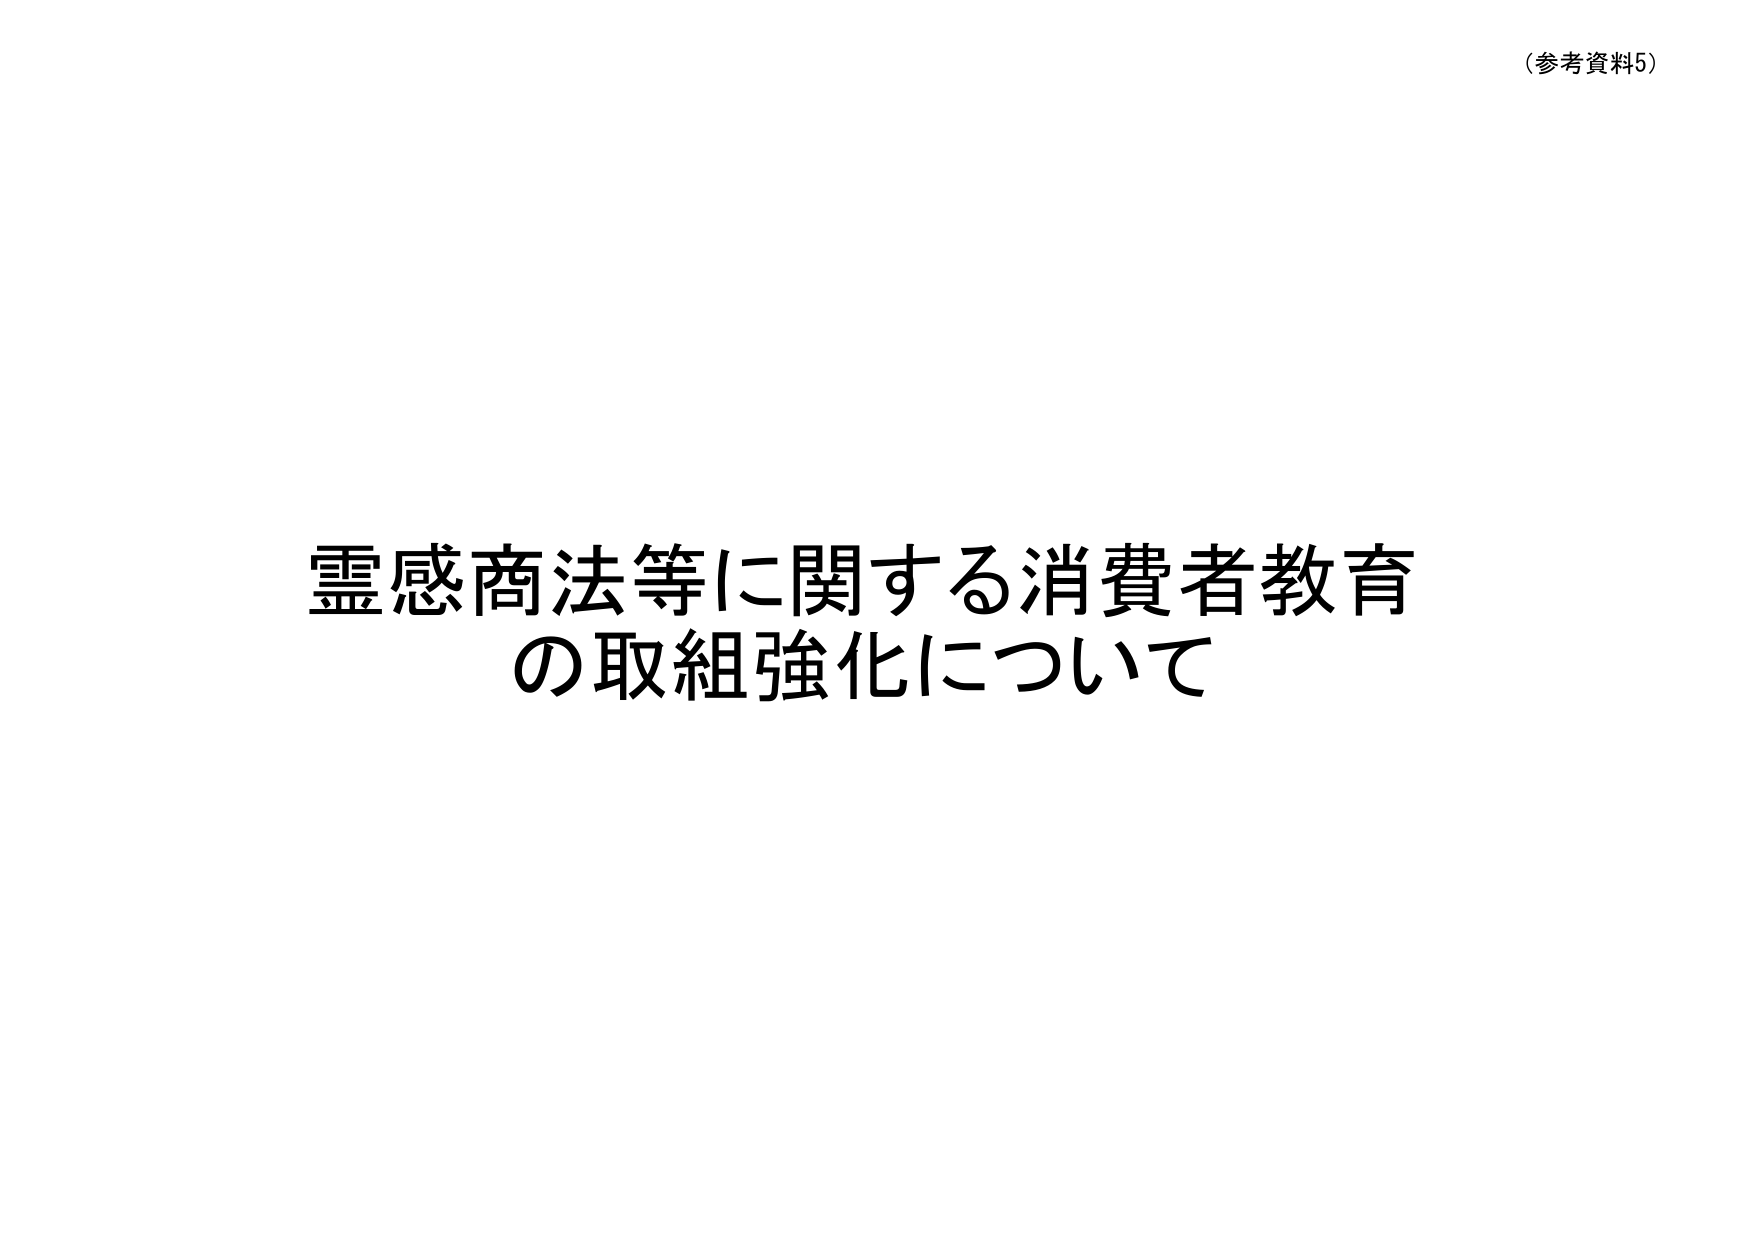
（参考資料5）

霊感商法等に関する消費者教育
の取組強化について